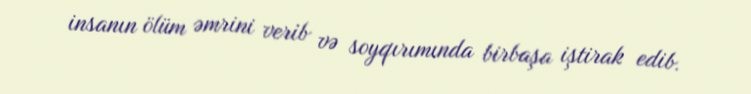
insanın ölüm əmrini verib və soyqırımında birbaşa iştirak edib.